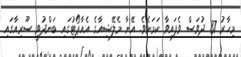
މިހާރު 37 ދުވަސް ވެފައިވާ ކަމަށެވެ. އޭނާ މެލޭޝިއާގެ އެއާޕޯޓުގައި ބަންދުވީ ސޫރިއާގައި